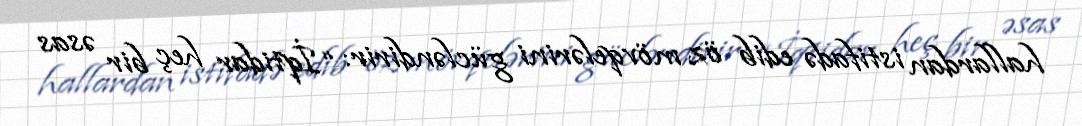
hallardan istifadə edib öz mövqelərini gücləndirir: “İqtidar heç bir əsas